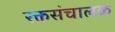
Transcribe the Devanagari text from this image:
रक्तसंचालक